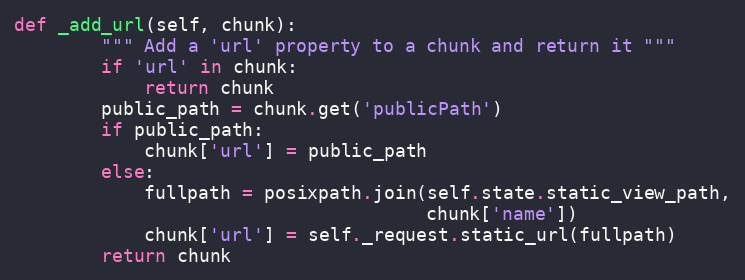
Language: Python
def _add_url(self, chunk):
        """ Add a 'url' property to a chunk and return it """
        if 'url' in chunk:
            return chunk
        public_path = chunk.get('publicPath')
        if public_path:
            chunk['url'] = public_path
        else:
            fullpath = posixpath.join(self.state.static_view_path,
                                      chunk['name'])
            chunk['url'] = self._request.static_url(fullpath)
        return chunk